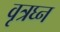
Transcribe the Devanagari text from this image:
वृत्रघ्न